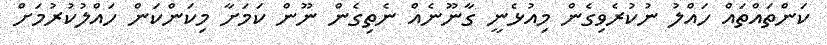
ކަންތައްތައް ހައްލު ނުކުރެވިގެން މިއުޅެނީ ގާނޫނެއް ނެތިގެން ނޫން ކަމަށާ މިކަންކަން ހައްލުކުރުމަށް